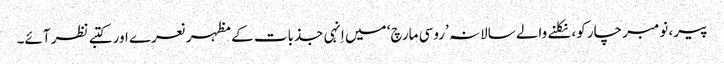
پیر، نومبر چار کو، نکلنے والے سالانہ ’روسی مارچ‘ میں اِنہی جذبات کے مظہر نعرے اور کتبے نظر آئے۔